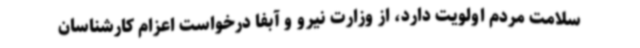
سلامت مردم اولویت دارد، از وزارت نیرو و آبفا درخواست اعزام کارشناسان